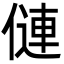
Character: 僆